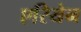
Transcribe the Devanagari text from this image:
एरियेन